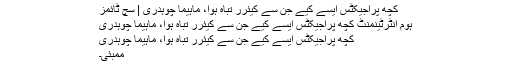
کچھ پراجیکٹس ایسے کیے جن سے کیئرر تباہ ہوا، ماہیما چوہدری | سچ ٹائمز
ہوم انٹرٹینمنٹ کچھ پراجیکٹس ایسے کیے جن سے کیئرر تباہ ہوا، ماہیما چوہدری
کچھ پراجیکٹس ایسے کیے جن سے کیئرر تباہ ہوا، ماہیما چوہدری
ممبئی۔